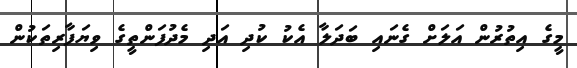
މީގެ އިތުރުން އަލަށް ގެނައި ބަދަލާ އެކު ކުދި އަދި މެދުފަންތީގެ ވިޔަފާރިތަކުން